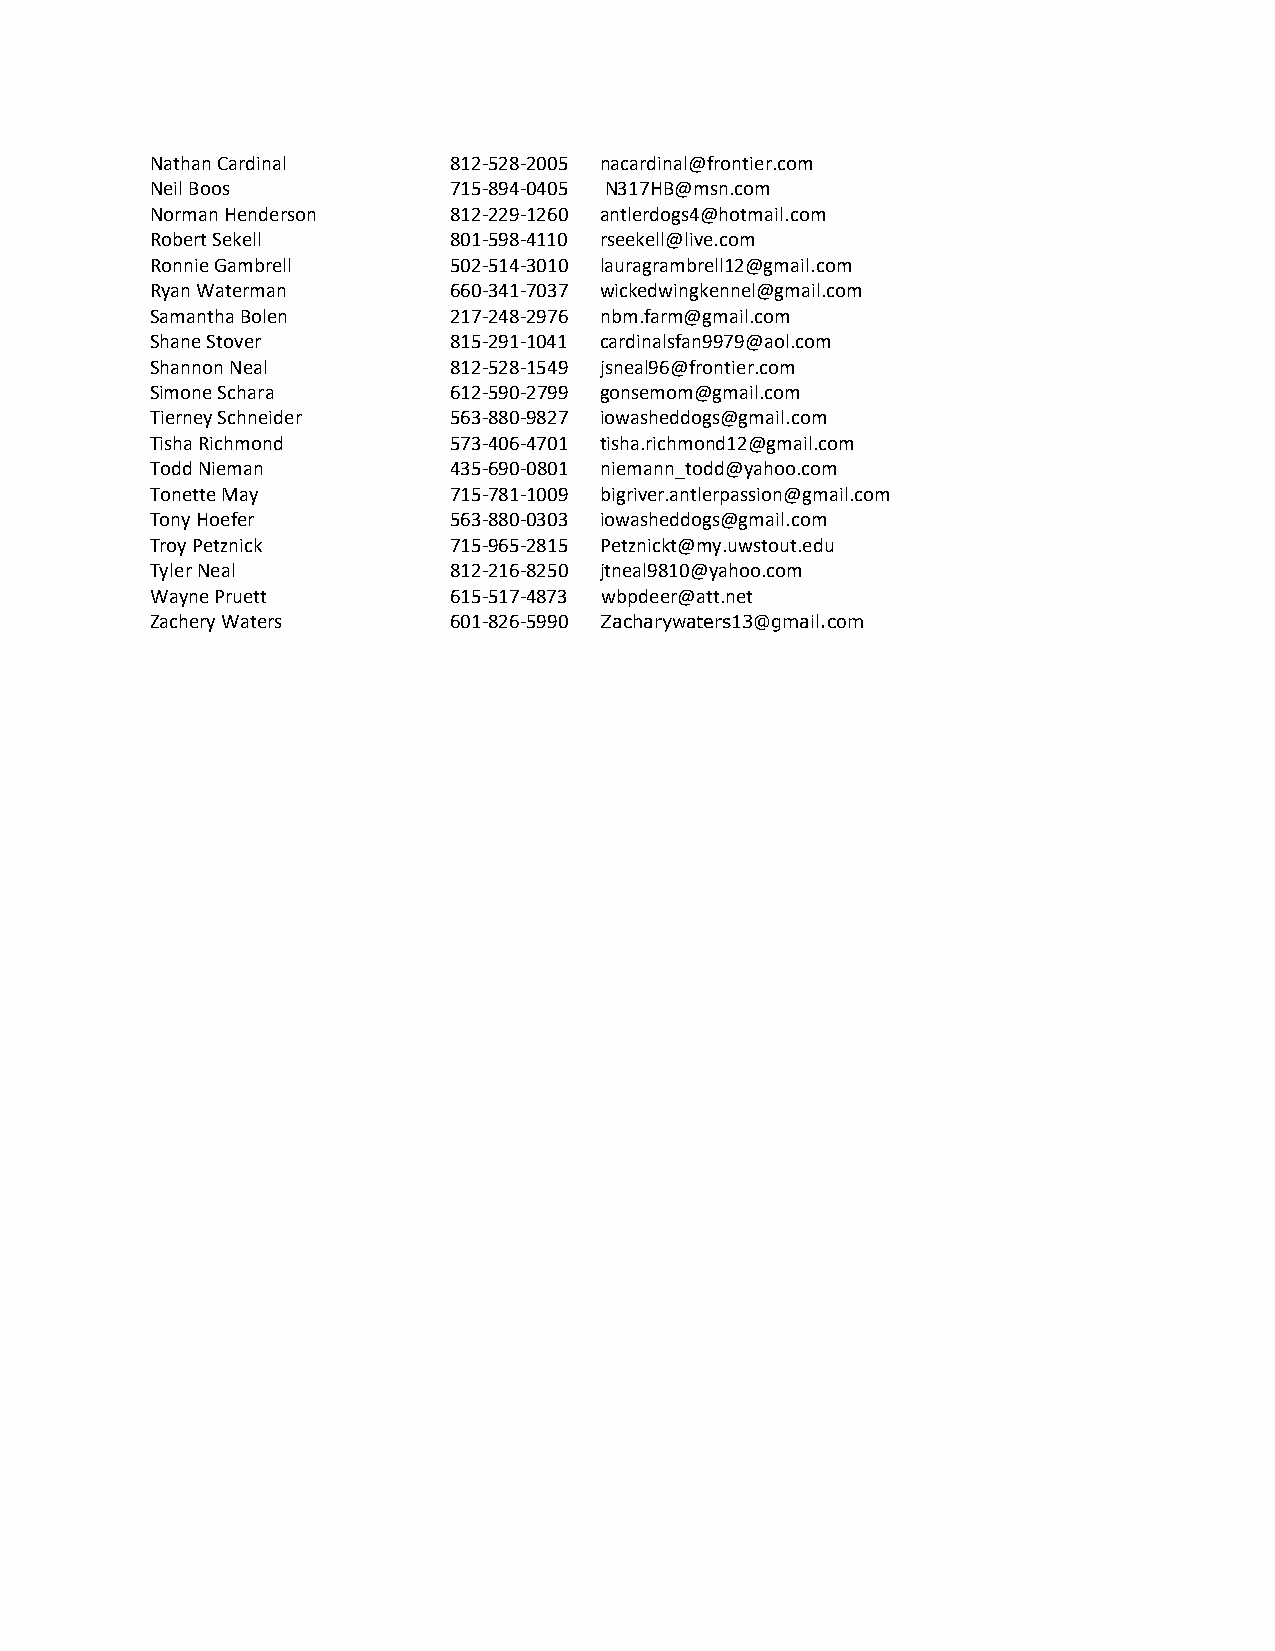
Nathan Cardinal     812-528-2005 nacardinal@frontier.com
 Neil Boos           715-894-0405 N317HB@msn.com
 Norman Henderson    812-229-1260 antlerdogs4@hotmail.com
 Robert Sekell       801-598-4110 rseekell@live.com
 Ronnie Gambrell     502-514-3010 lauragrambrell12@gmail.com
 Ryan Waterman       660-341-7037 wickedwingkennel@gmail.com
 Samantha Bolen      217-248-2976 nbm.farm@gmail.com
 Shane Stover        815-291-1041 cardinalsfan9979@aol.com
 Shannon Neal        812-528-1549 jsneal96@frontier.com
 Simone Schara       612-590-2799 gonsemom@gmail.com
 Tierney Schneider   563-880-9827 iowasheddogs@gmail.com
 Tisha Richmond      573-406-4701 tisha.richmond12@gmail.com
 Todd Nieman         435-690-0801 niemann_todd@yahoo.com
 Tonette May         715-781-1009 bigriver.antlerpassion@gmail.com
 Tony Hoefer         563-880-0303 iowasheddogs@gmail.com
 Troy Petznick       715-965-2815 Petznickt@my.uwstout.edu
 Tyler Neal          812-216-8250 jtneal9810@yahoo.com
 Wayne Pruett        615-517-4873 wbpdeer@att.net
 Zachery Waters      601-826-5990 Zacharywaters13@gmail.com